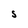
Character: S